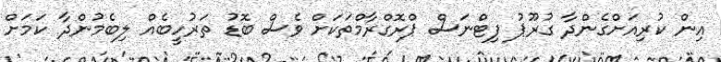
އިން ކުރިއަށްގެންދާ ގުރޫޕު ފިޓްނަސް ޕްރޮގްރާމްތަކަށް ވެސް ބޮޑު ތަރުހީބެއް ލިބެމުންދާ ކަމަށް